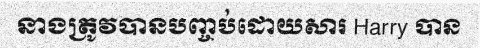
នាងត្រូវបានបញ្ចប់ដោយសារ Harry បាន